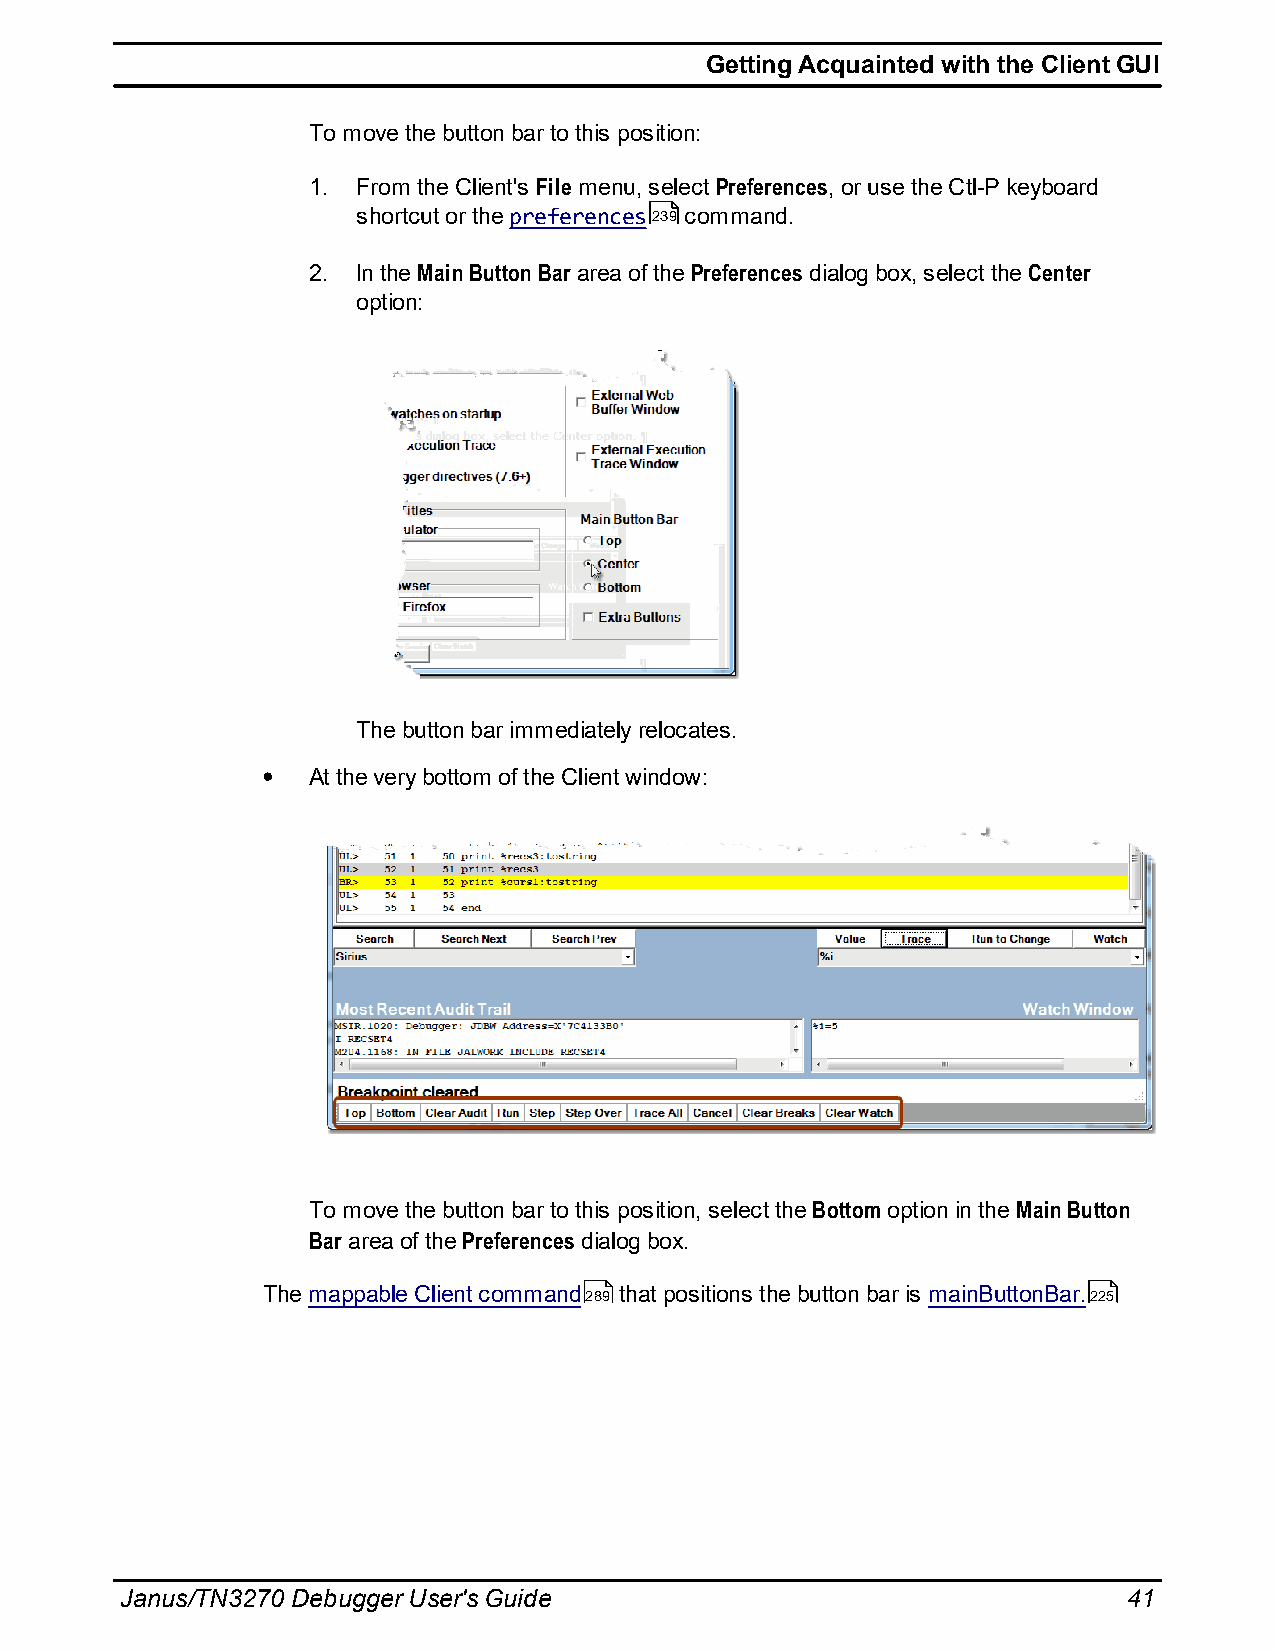
Getting Acquainted with the Client GUI
 To move the button bar to this position:
 1.  From the Client's File menu, select Preferences, or use the Ctl-P keyboard
 shortcut or the preferences239 command.
 2.  In the Main Button Bar area of the Preferences dialog box, select the Center
 option:
 The button bar immediately relocates.
 At the very bottom of the Client window:
 To move the button bar to this position, select the Bottom option in the Main Button
 Bar area of the Preferences dialog box.
 The mappable Client command289 that positions the button bar is mainButtonBar.225
 Janus/TN3270 Debugger User's Guide                                 41